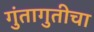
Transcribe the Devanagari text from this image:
गुंतागुतीचा